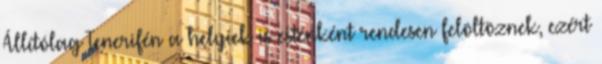
Állítólag Tenerifén a helyiek is esténként rendesen felöltöznek, ezért